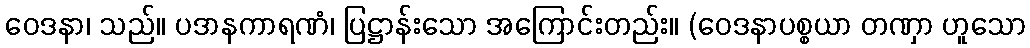
ဝေဒနာ၊ သည်။ ပဒာနကာရဏံ၊ ပြဋ္ဌာန်းသော အကြောင်းတည်း။ (ဝေဒနာပစ္စယာ တဏှာ ဟူသော